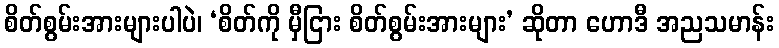
စိတ်စွမ်းအားများပါပဲ၊ ‘စိတ်ကို မှီငြား စိတ်စွမ်းအားများ’ ဆိုတာ ဟောဒီ အညသမာန်း